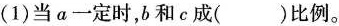
(1)当a一定时，b和c成()比例。